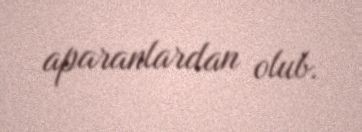
aparanlardan olub.